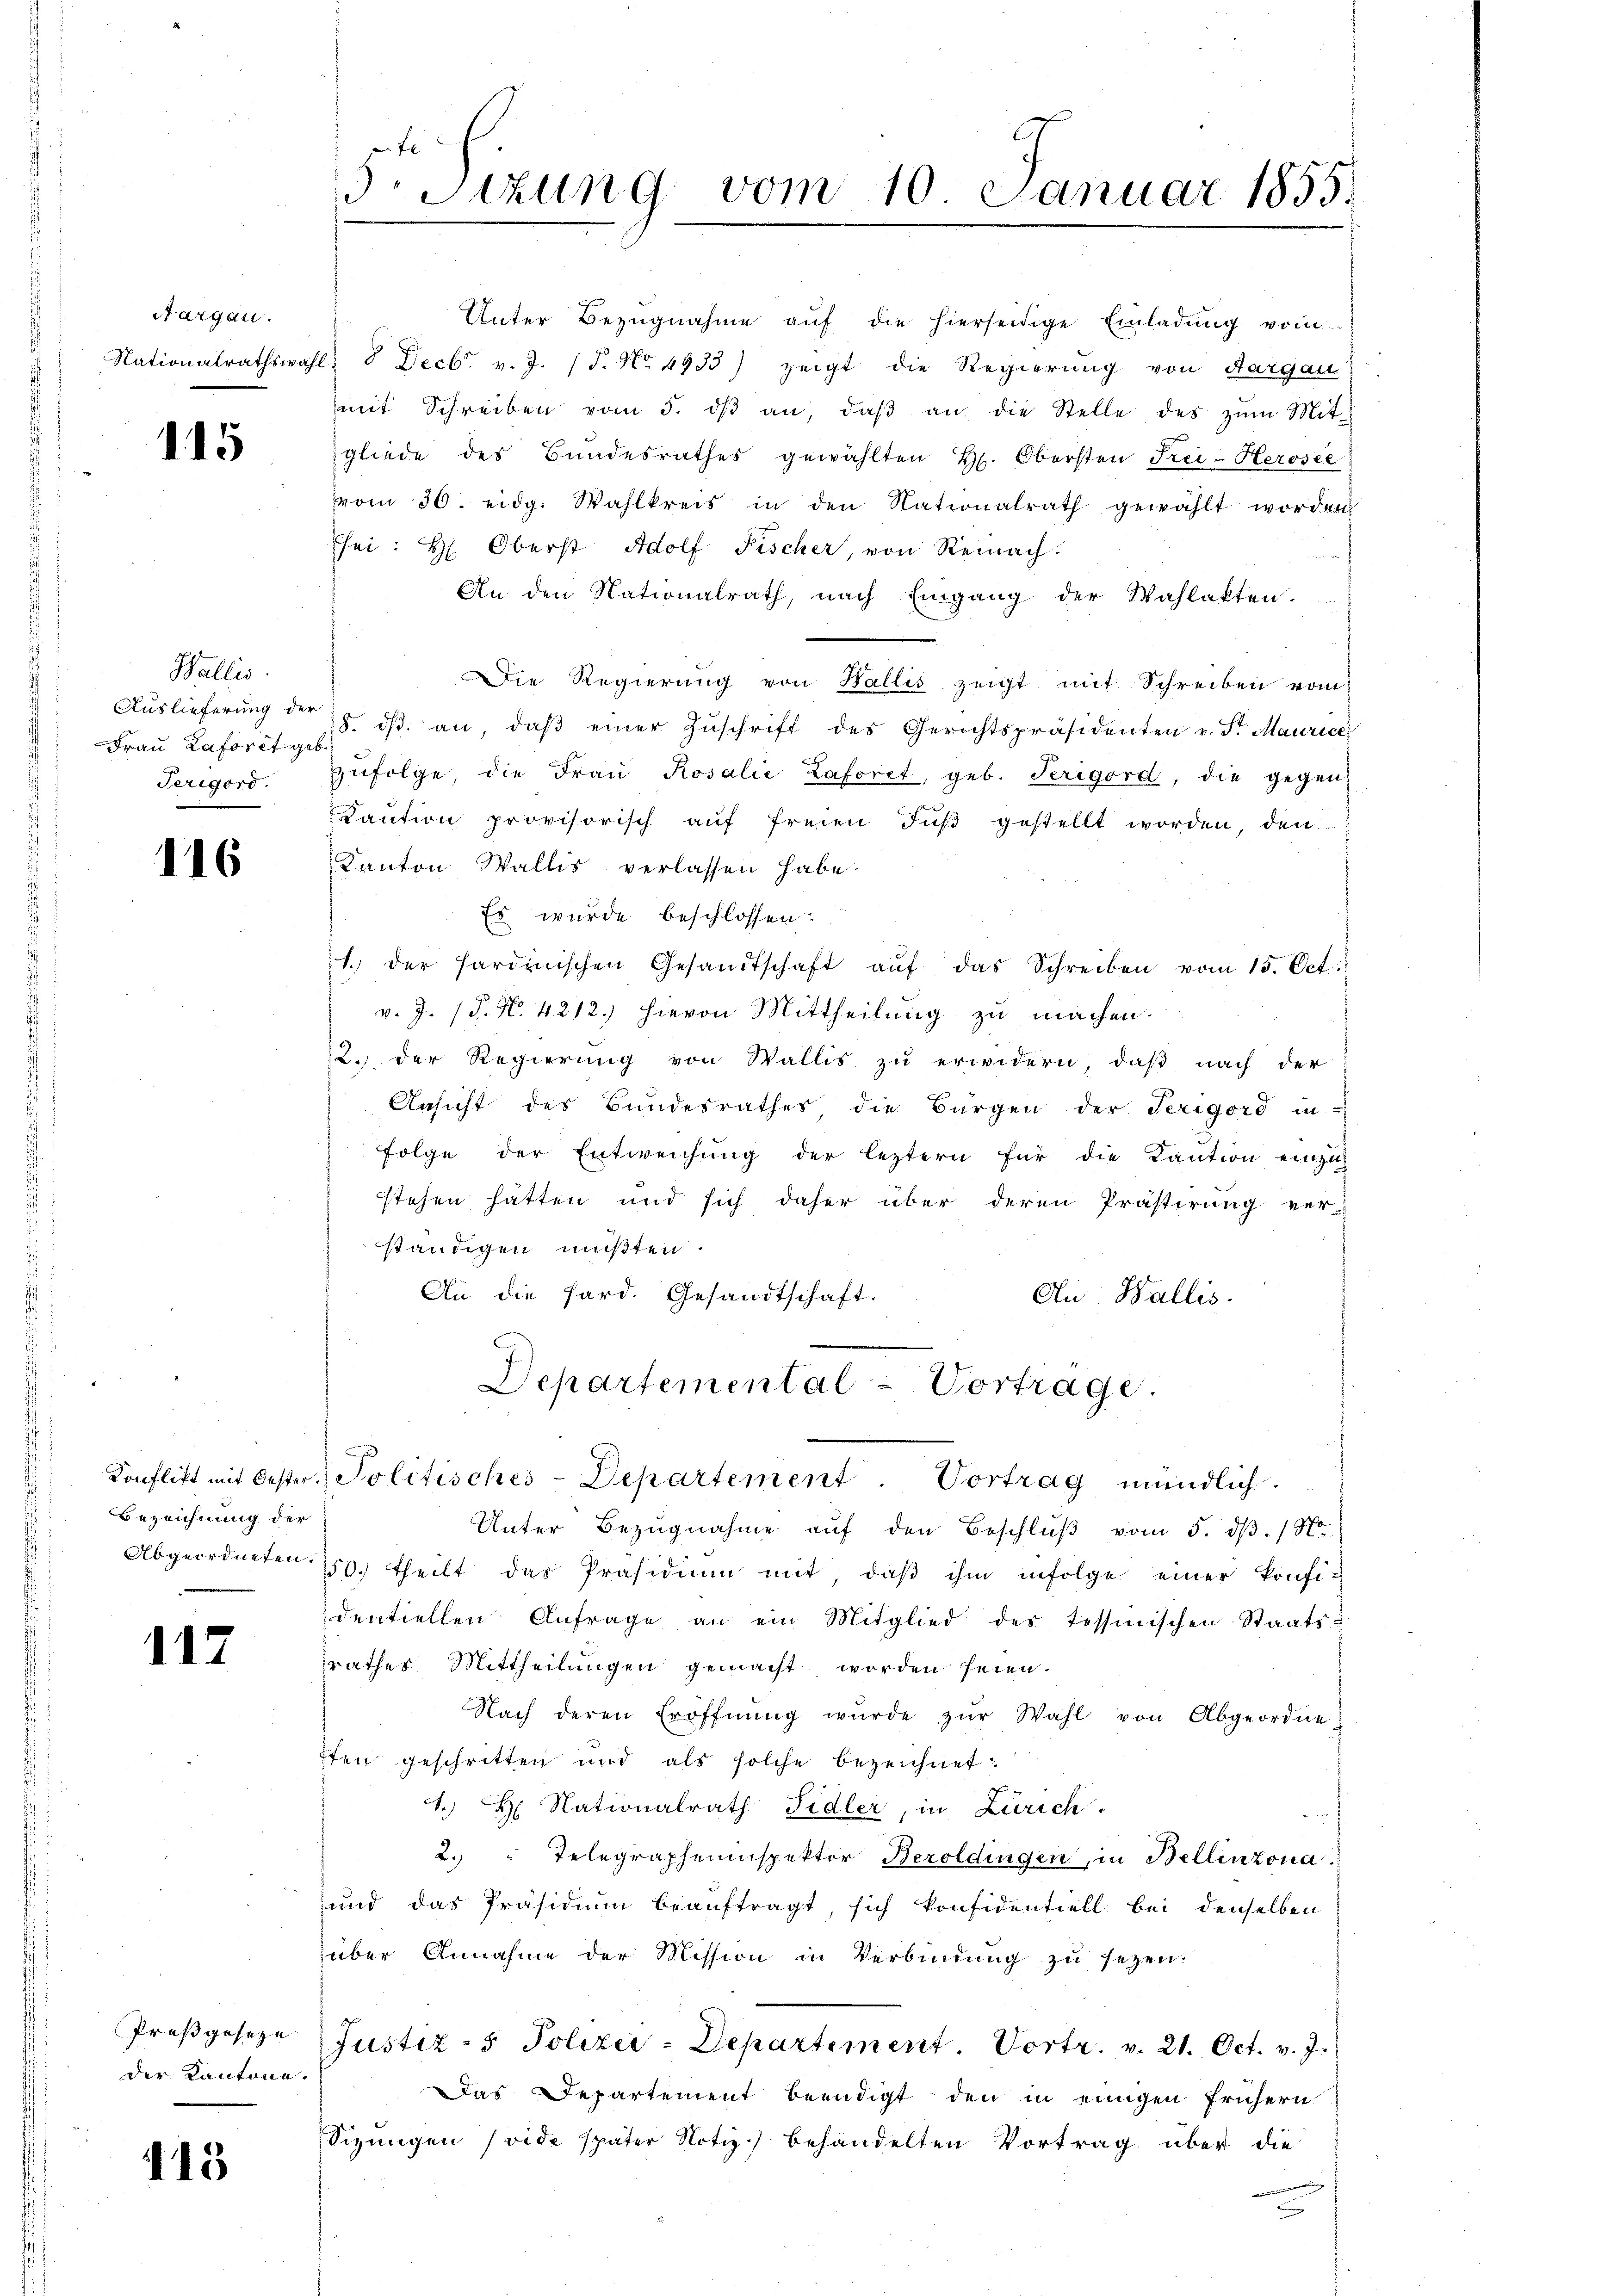
Aargau.

115

Wallis.
Auslieferung der
Frau Laforet geb.
Periord.

116

Bezeichnung der

117

Prosgeseze
der Kantone.

413

5 Sizung vom 10. Januar 1855.

Unter Bezugnahme aŭf die hierseitige Einladung vom
Nationalrathswahl, 8 Decbr. v. J. (T. No 4933) zeigt die Regierung von Aargau
mit Schreiben vom 5. dβ an, daβ an die Stelle des zŭm Mit-
gliede des Bundesrathes gewählten H. Obersten Frei-Herosee
vom 30. eidg. Wahlkreis in den Nationalrath gewählt worden
Tei: H. Oberst Adolf Fischer, von Reinach.
An den Nationalrath, nach Eingang der Wahlakten.
Die Regierung von Wallis zeigt mit Schreiben vom
8. dβ an, daβ einer Zŭschrift des Gerichtspräsidenten v. St. Maurice
zŭfolge, die Frau Rosalie Laforet, geb. Terigord, die gegen
Kaution provisorisch aŭf freien Fuß gestellt worden, den
Kanton Wallis verlassen habe.
Es wurde beschlossen:
1. der Hardinischen Gesandtschaft aŭf das Schreiben vom 15. Oct.
v. J. 18. No. 4212. hievon Mittheilung zu machen.
2. Der Regierung von Wallis zu erwidern, daß nach der
Ansicht des Bandesrathes die Bürgen der Terigord in-
Folge der Entweichung der leztern für die Kaution einzi
stehen hätten und sich daher über deren Prästirung ver-
ständigen mußten.
An die Pard. Gesandtschaft.
di Wallis.
Departemental - Vortrage.
s
Konflikt mit Oester Politisches-Departement Vortrag mündlich.
Unter Bezŭgnahme aŭf den Beschlŭβ vom 5. dβ. / N.
Abgeordneten 250. theilt das Präsidiŭm mit, daβ ihm infolge einer konfi-
dentiellen Anfrage an ein Mitglied des tessinischen Staats-
rathes Mittheilungen gemacht worden seien.
Nach deren Eröffnŭng wurde zŭr Wahl von Abgeordne
ffen geschritten und als solche bezeichnet:
1. H. Nationalrath Fidler, in Zürich.
2. " Telegrapheninspektor Beroldingen, in Bellinzona.
und das Präsidium beauftragt, sich konfidentiell bei denselben
über Annahme der Mission in Verbindung zu sezen.
Justiz- & Polizei-Departement. Vortr. v. 21. Oct. v. J.
Das Departement beendigt den in einigen frühern
Sizungen (vide später Notiz behandelten Vortrag über die